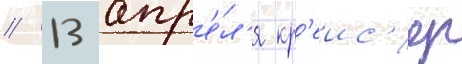
// 13 апр'е́л'я кр'еис'ер